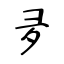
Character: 夛